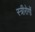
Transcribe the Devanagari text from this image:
स्त्रीरोगों